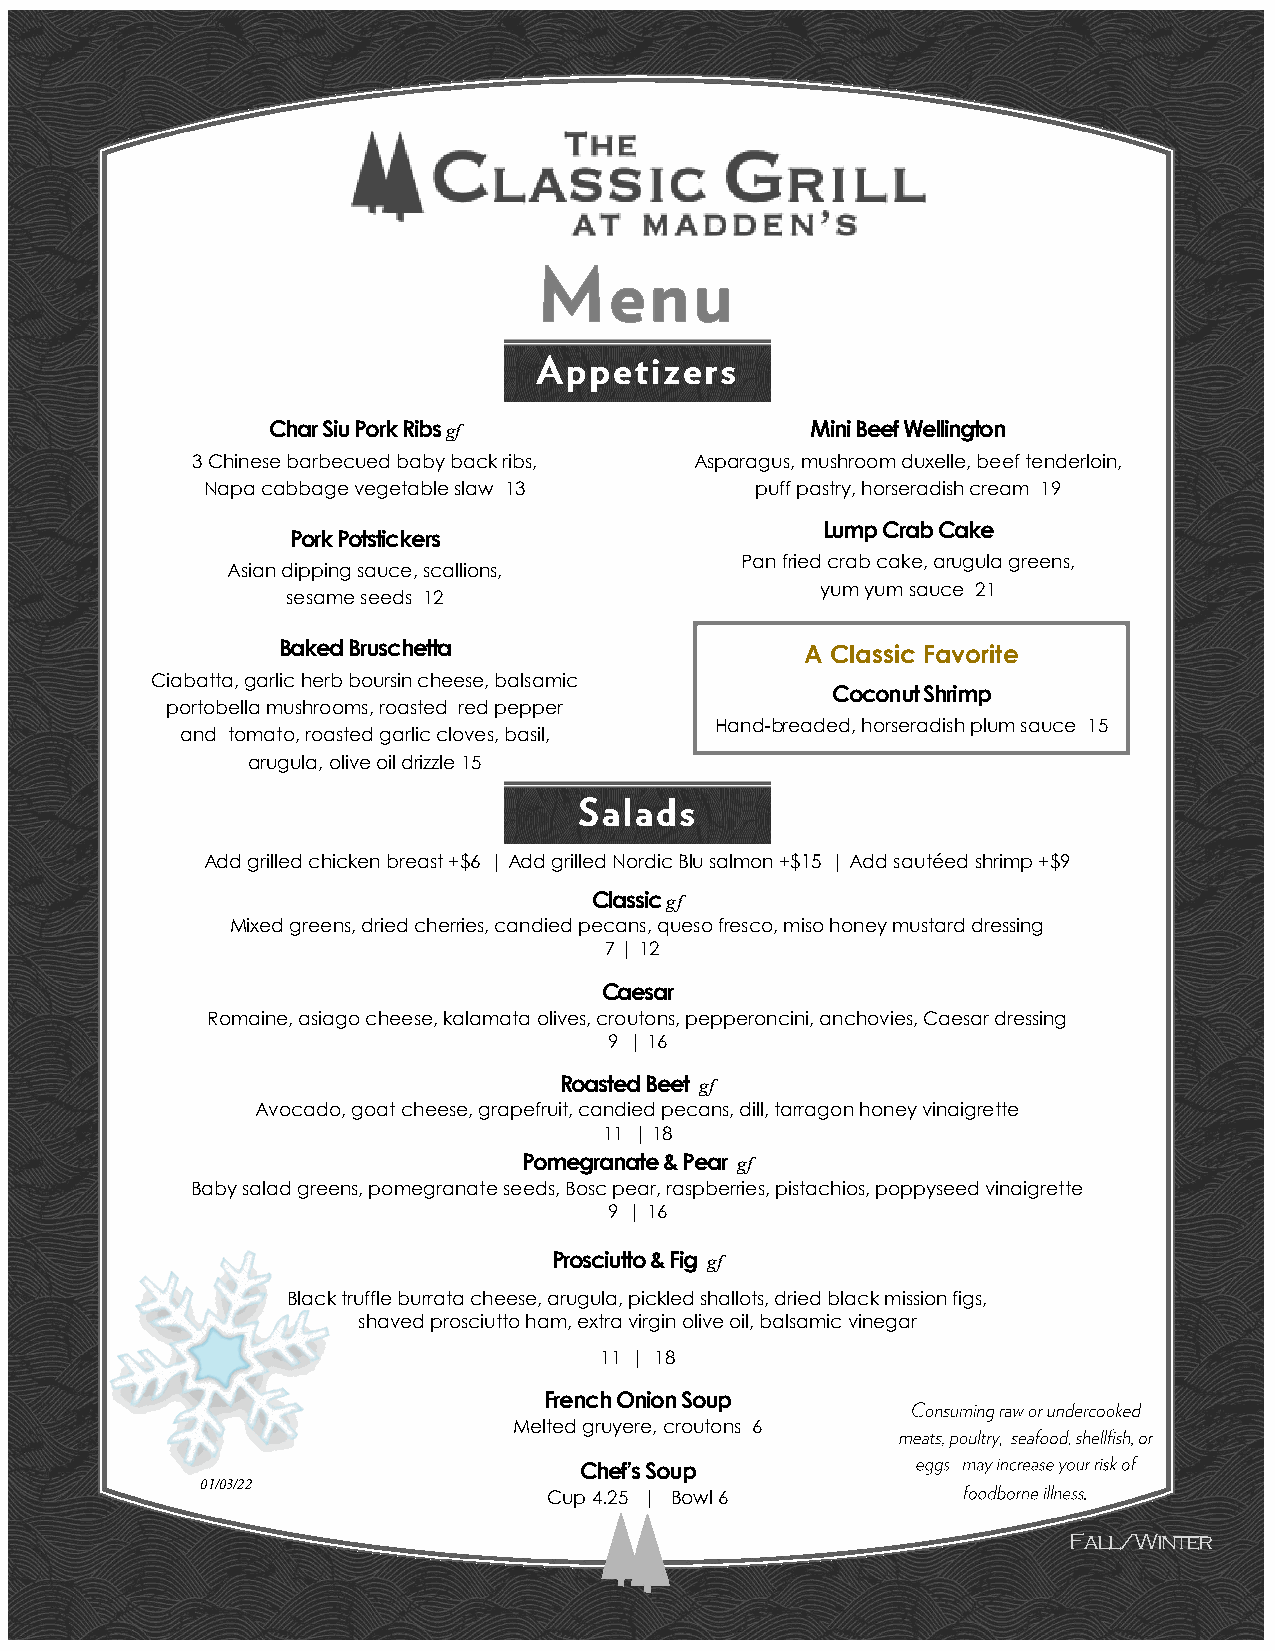
Char Siu Pork Ribs gf               Mini Beef Wellington
 3 Chinese barbecued baby back ribs, A s paragus, mushroom duxelle, beef tenderloin,
 Napa cabbage vegetable slaw 13      puff pastry, horseradish cream 19
 Pork Potstickers
 Lump Crab Cake
 Pan fried crab cake, arugula greens,
 Asian dipping sauce, scallions,
 yum yum sauce 21
 sesame seeds 12
 Baked Bruschetta                   A Classic Favorite
 Ciabatta, garlic herb boursin cheese, balsamic
 Coconut Shrimp
 portobella mushrooms, roasted red pepper
 Hand-breaded, horseradish plum sauce 15
 and tomato, roasted garlic cloves, basil,
 arugula, olive oil drizzle 15
 Add grilled chicken breast +$6 | Add grilled Nordic Blu salmon +$15 | Add sautéed shrimp +$9
 Classic gf
 Mixed greens, dried cherries, candied pecans, queso fresco, miso honey mustard dressing
 7 | 12
 Caesar
 Romaine, asiago cheese, kalamata olives, croutons, pepperoncini, anchovies, Caesar dressing
 9 | 16
 Roasted Beet gf
 Avocado, goat cheese, grapefruit, candied pecans, dill, tarragon honey vinaigrette
 11 | 18
 Pomegranate & Pear gf
 Baby salad greens, pomegranate seeds, Bosc pear, raspberries, pistachios, poppyseed vinaigrette
 9 | 16
 Prosciutto & Fig gf
 Black truffle burrata cheese, arugula, pickled shallots, dried black mission figs,
 shaved prosciutto ham, extra virgin olive oil, balsamic vinegar
 11 | 18
 French Onion Soup
 Melted gruyere, croutons 6
 Chef’s Soup
 01/03/22
 Cup 4.25 | Bowl 6
 Fall/Winter